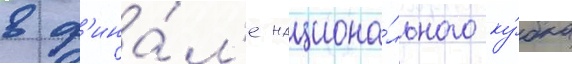
в ф'ина́л'е национа́льного ку́бка